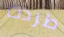
طردت